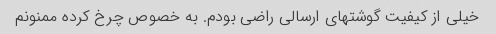
خیلی از کیفیت گوشتهای ارسالی راضی بودم‌. به خصوص چرخ کرده ممنونم